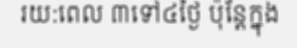
រយ:ពេល ៣ទៅ៤ថ្ងៃ ប៉ុន្តែក្នុង